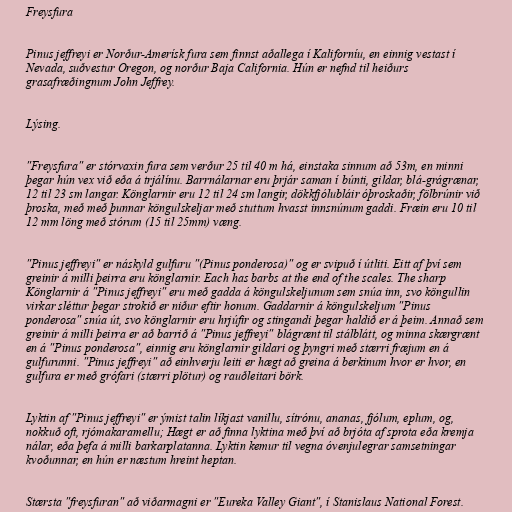
Freysfura

Pinus jeffreyi er Norður-Amerísk fura sem finnst aðallega í Kaliforníu, en einnig vestast í
Nevada, suðvestur Oregon, og norður Baja California. Hún er nefnd til heiðurs
grasafræðingnum John Jeffrey.

Lýsing.

"Freysfura" er stórvaxin fura sem verður 25 til 40 m há, einstaka sinnum að 53m, en minni
þegar hún vex við eða á trjálínu. Barrnálarnar eru þrjár saman í búnti, gildar, blá-grágrænar,
12 til 23 sm langar. Könglarnir eru 12 til 24 sm langir, dökkfjólubláir óþroskaðir, fölbrúnir við
þroska, með með þunnar köngulskeljar með stuttum hvasst innsnúnum gaddi. Fræin eru 10 til
12 mm löng með stórum (15 til 25mm) væng.

"Pinus jeffreyi" er náskyld gulfuru "(Pinus ponderosa)" og er svipuð í útliti. Eitt af því sem
greinir á milli þeirra eru könglarnir. Each has barbs at the end of the scales. The sharp
Könglarnir á "Pinus jeffreyi" eru með gadda á köngulskeljunum sem snúa inn, svo köngullin
virkar sléttur þegar strokið er niður eftir honum. Gaddarnir á köngulskeljum "Pinus
ponderosa" snúa út, svo könglarnir eru hrjúfir og stingandi þegar haldið er á þeim. Annað sem
greinir á milli þeirra er að barrið á "Pinus jeffreyi" blágrænt til stálblátt, og minna skærgrænt
en á "Pinus ponderosa", einnig eru könglarnir gildari og þyngri með stærri fræjum en á
gulfurunni. "Pinus jeffreyi" að einhverju leiti er hægt að greina á berkinum hvor er hvor, en
gulfura er með grófari (stærri plötur) og rauðleitari börk.

Lyktin af "Pinus jeffreyi" er ýmist talin líkjast vanillu, sítrónu, ananas, fjólum, eplum, og,
nokkuð oft, rjómakaramellu; Hægt er að finna lyktina með því að brjóta af sprota eða kremja
nálar, eða þefa á milli barkarplatanna. Lyktin kemur til vegna óvenjulegrar samsetningar
kvoðunnar, en hún er næstum hreint heptan.

Stærsta "freysfuran" að viðarmagni er "Eureka Valley Giant", í Stanislaus National Forest.